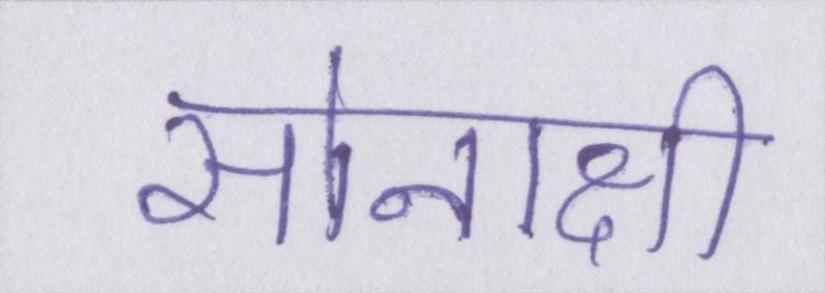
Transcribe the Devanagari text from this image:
सोनाक्षी